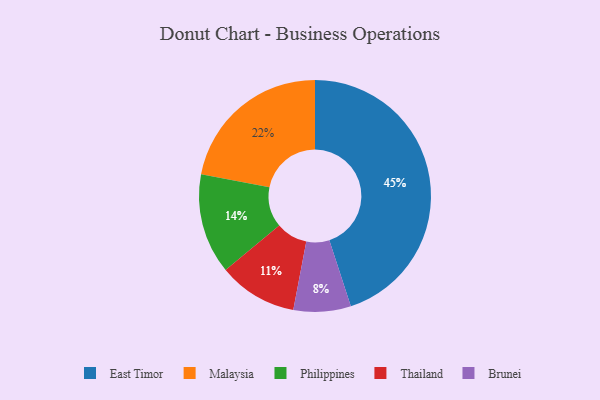
{"axis": {"x": "Category", "y": "Percentage"}, "legend": ["Brunei", "East Timor", "Malaysia", "Philippines", "Thailand"], "data": [{"x": "Thailand", "y": 11, "type": "Thailand"}, {"x": "Brunei", "y": 8, "type": "Brunei"}, {"x": "Malaysia", "y": 22, "type": "Malaysia"}, {"x": "East Timor", "y": 45, "type": "East Timor"}, {"x": "Philippines", "y": 14, "type": "Philippines"}]}